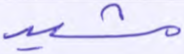
مشيد